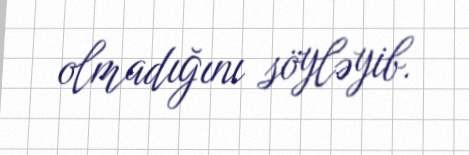
olmadığını söyləyib.